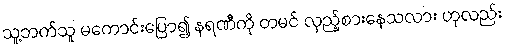
သူ့ဘက်သူ မကောင်းပြော၍ နရဏီကို တမင် လှည့်စားနေသလား ဟုလည်း